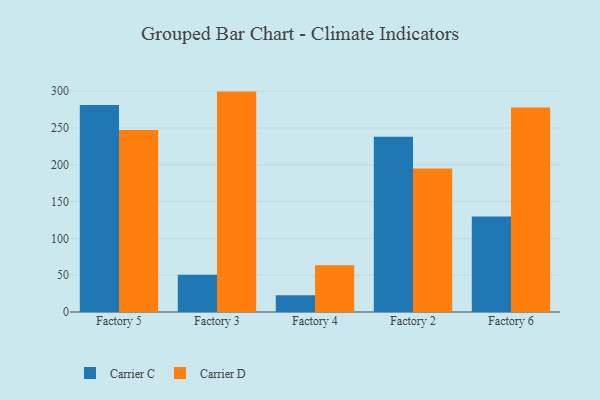
{"axis": {"x": "Factory", "y": "Temperature (°C)"}, "legend": ["Carrier C", "Carrier D"], "data": [{"x": "Factory 5", "y": 281.3, "type": "Carrier C"}, {"x": "Factory 5", "y": 247.1, "type": "Carrier D"}, {"x": "Factory 3", "y": 50.7, "type": "Carrier C"}, {"x": "Factory 3", "y": 299.4, "type": "Carrier D"}, {"x": "Factory 4", "y": 22.6, "type": "Carrier C"}, {"x": "Factory 4", "y": 63.4, "type": "Carrier D"}, {"x": "Factory 2", "y": 238.0, "type": "Carrier C"}, {"x": "Factory 2", "y": 195.1, "type": "Carrier D"}, {"x": "Factory 6", "y": 129.9, "type": "Carrier C"}, {"x": "Factory 6", "y": 277.8, "type": "Carrier D"}]}